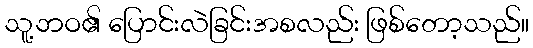
သူ့ဘဝ၏ ပြောင်းလဲခြင်းအစလည်း ဖြစ်တော့သည်။